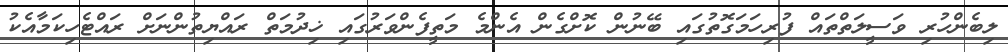
ލިބެންހުރި ވަސީލަތްތައް ފުރިހަމަގޮތުގައި ބޭނުން ކޮށްގެން އެންމެ މަތީފެންވަރުގައި ޚިދުމަތް ރައްޔިތުންނަށް ރައްޓެހިކަމާއެކު